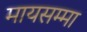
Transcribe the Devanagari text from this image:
मायसम्मा